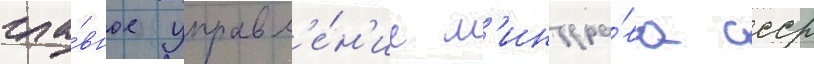
гла́вное управл'е́н'ие м'инздра́ва ссср